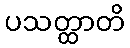
ပသတ္ထာတိ